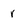
Character: r